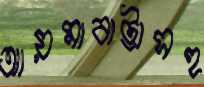
আয়মাবাট্টাসহ